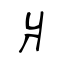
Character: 爿